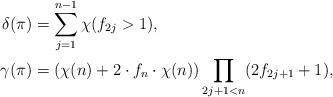
LaTeX: \begin{align*}\delta(\pi) &= \sum_{j= 1}^{n-1} \chi(f_{2j}> 1),\\\gamma(\pi) &= (\chi(n)+2\cdot f_n\cdot\chi(n))\prod_{2j+1<n} (2f_{2j+1}+1),\end{align*}